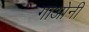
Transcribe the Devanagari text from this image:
गाओनी